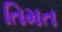
તિમત